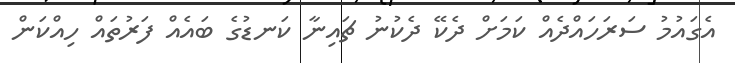
އެގައުމު ސަރަހައްދެއް ކަމަށް ދެކޭ ދެކުނު ޗައިނާ ކަނޑުގެ ބައެއް ފަރުތައް ހިއްކަން